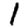
Digit: 1